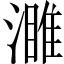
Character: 濉